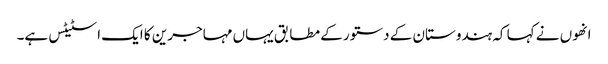
انھوں نے کہا کہ ہندوستان کے دستور کے مطابق یہاں مہاجرین کا ایک اسٹیٹس ہے۔